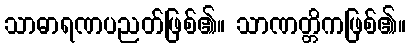
သာဓာရဏပညတ်ဖြစ်၏။ သာဏတ္တိကဖြစ်၏။